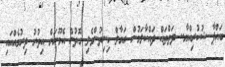
ބައްޕާ ޝުކުރިއްޔާ.. ދަތްތައް ދައްކާލަމުން ރަޔާލް ހިނިތުންވެލި ގޮތުން އެމޫނަށް އިތުރު ދިރުމެއްއައި